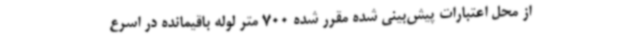
از محل اعتبارات پیش‌بینی شده مقرر شده 700 متر لوله باقیمانده در اسرع